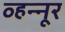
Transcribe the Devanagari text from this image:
व्हन्‍नूर